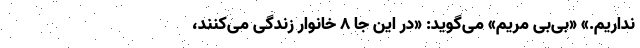
نداریم.» «بی‌بی مریم» می‌گوید: «در این جا ۸ خانوار زندگی می‌کنند،